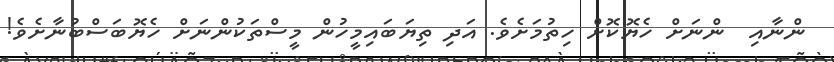
ންނާއި  ންނަށް ހެޔޮކޮށް ހިތުމަށެވެ. އަދި ތިޔަބައިމީހުން މީސްތަކުންނަށް ހެޔޮބަސްބުނާށެވެ!